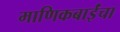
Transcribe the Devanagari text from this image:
माणिकबाईंचा